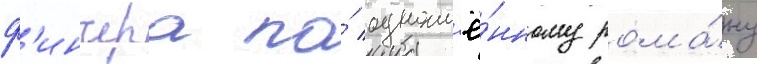
ф'инчера по́ одноим'ё́нному рома́ну